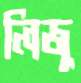
লিজু